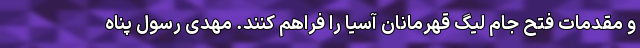
و مقدمات فتح جام لیگ قهرمانان آسیا را فراهم کنند. مهدی رسول پناه